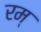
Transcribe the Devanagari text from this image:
रम्